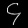
Digit: ၄